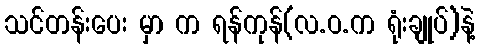
သင်တန်းပေး မှာ က ရန်ကုန်(လ.ဝ.က ရုံးချုပ်)နဲ့